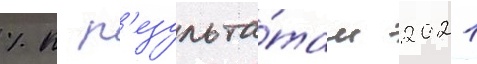
% к р'езульта́там 2021